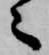
々